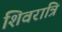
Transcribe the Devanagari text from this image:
शिवरात्रि